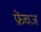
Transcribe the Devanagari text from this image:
फ्रेंचज